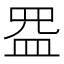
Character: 𰤺